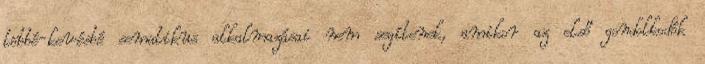
többé-kevésbé sematikus alkalmazásai nem segítenek, amikor az első gondolkodók